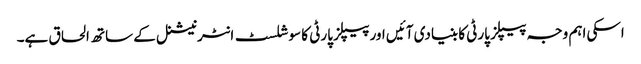
اسکی اہم وجہ پیپلز پارٹی کا بنیادی آئیں اور پیپلز پارٹی کا سوشلسٹ انٹرنیشنل کے ساتھ الحاق ہے۔